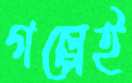
গল্পেই